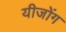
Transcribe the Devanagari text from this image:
यीजोंग